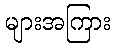
များအကြား